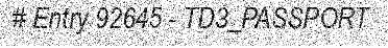
# Entry 92645 - TD3_PASSPORT